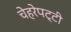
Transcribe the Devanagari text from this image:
चेहरेपट्टी